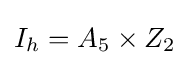
I_{h}=A_{5}\times Z_{2}